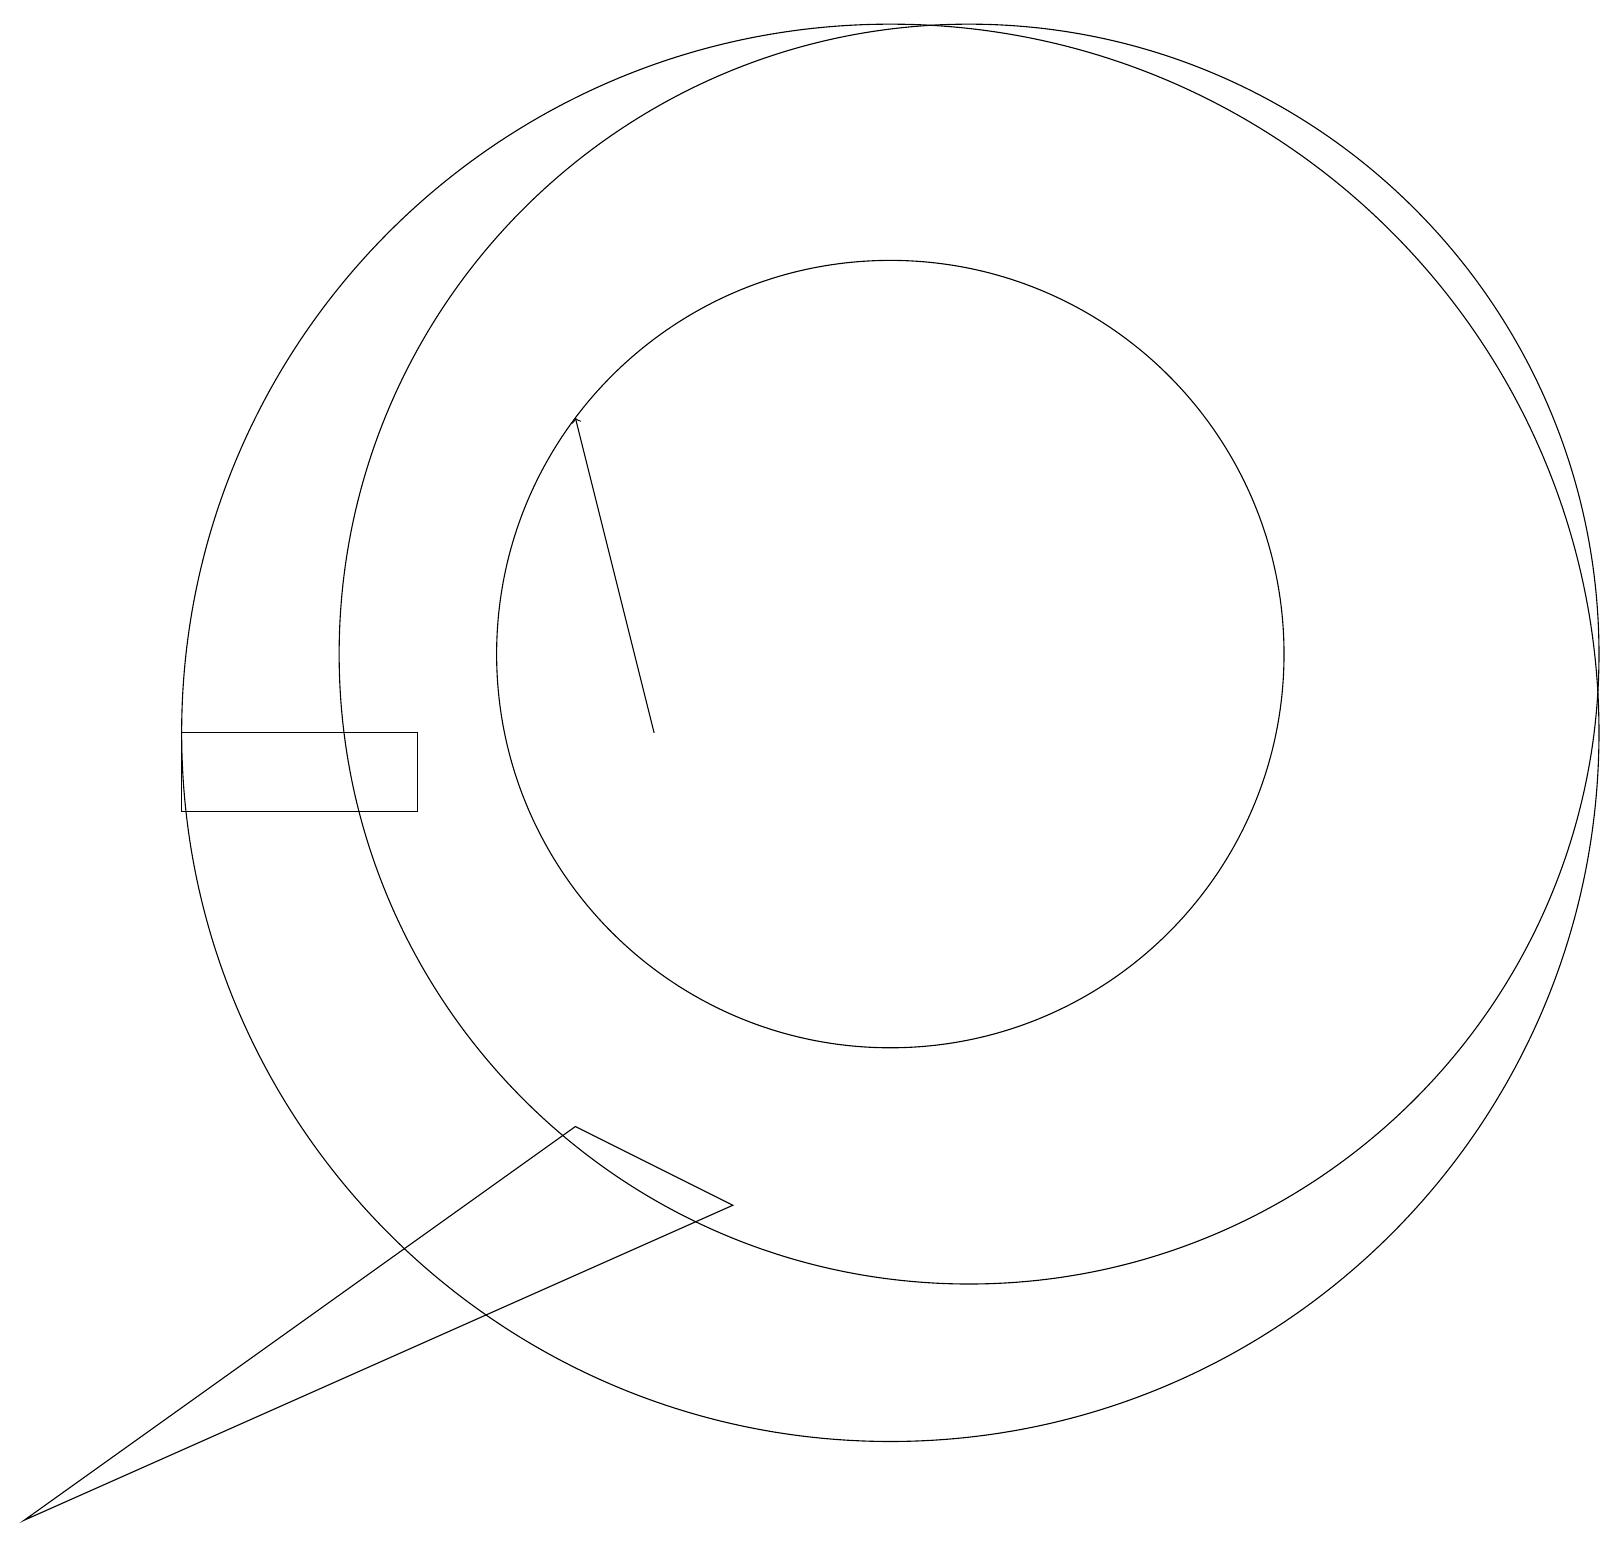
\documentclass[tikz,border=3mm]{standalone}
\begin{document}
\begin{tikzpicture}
\draw (10,10) circle (0);
\draw (2,10) rectangle (5,11);
\draw (0,1) -- (7,6) -- (9,5) -- cycle;
\draw (12,12) circle (8);
\draw (11,12) circle (5);
\draw (11,11) circle (9);
\draw[->] (8,11) -- (7,15);
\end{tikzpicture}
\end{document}